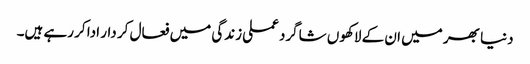
دنیا بھر میں ان کے لاکھوں شاگرد عملی زندگی میں فعال کر دار ادا کر رہے ہیں۔